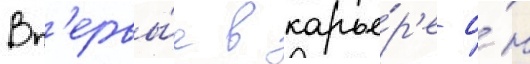
Вп'ервы́е в карье́р'е о́н